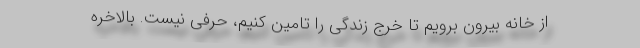
از خانه بیرون برویم تا خرج زندگی را تامین کنیم، حرفی نیست. بالاخره